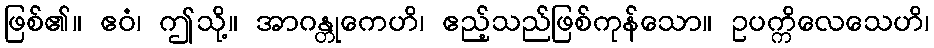
ဖြစ်၏။ ဧဝံ၊ ဤသို့။ အာဂန္တုကေဟိ၊ ဧည့်သည်ဖြစ်ကုန်သော။ ဥပက္ကိလေသေဟိ၊